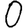
Digit: 0